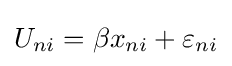
U_{ni}=\beta x_{ni}+\varepsilon _{ni}